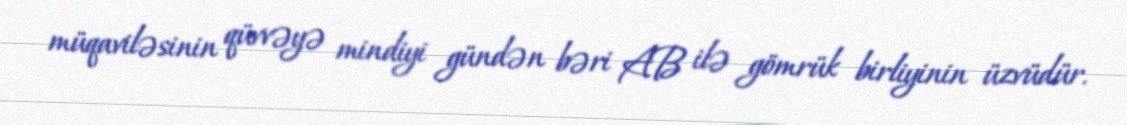
müqaviləsinin qüvvəyə mindiyi gündən bəri AB ilə gömrük birliyinin üzvüdür.